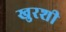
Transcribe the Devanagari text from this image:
खुरशी